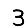
Digit: 3